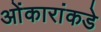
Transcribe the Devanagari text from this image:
ओंकारांकडे